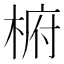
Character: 椨